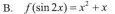
B. $$f ( sin 2 x ) = x ^ { 2 } + x$$